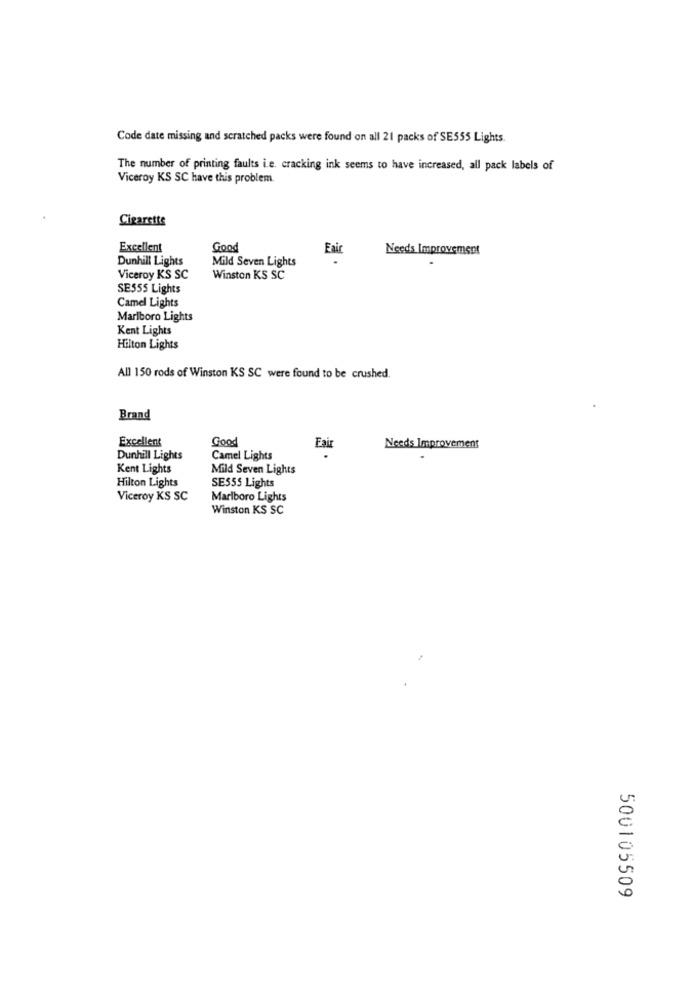
Code date missing and scratched packs were found on all 21 packs of SE555 Lights.
The number of printing faults i.e. cracking ink seems to have increased, all pack labels of
Viceroy KS SC have this problem
Cigaretts
Excellent
Good
Eair
Needs Improvement
Dunhill Lights
Mild Seven Lights
Viceroy KS SC
Winston KS SC
SE555 Lights
Camel Lights
Marlboro Lights
Kent Lights
Hilton Lights
All 150 rods of Winston KS SC were found to be crushed.
Brand
Excellent
Good
Fai
Needs Improvement
Dunhill Lights
Camel Lights
Kent Lights
Mild Seven Lights
Hilton Lights
SE555 Lights
Viceroy KS SC
Marlboro Lights
Winston KS SC
500105509